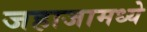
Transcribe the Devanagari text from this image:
जहाजामध्ये